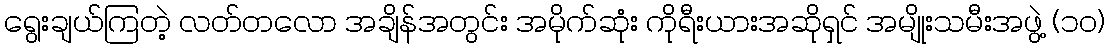
ရွေးချယ်ကြတဲ့ လတ်တလော အချိန်အတွင်း အမိုက်ဆုံး ကိုရီးယားအဆိုရှင် အမျိုးသမီးအဖွဲ့ (၁၀)